Document type: Sale
Year: 1226
Scribe: Ramon d'Om
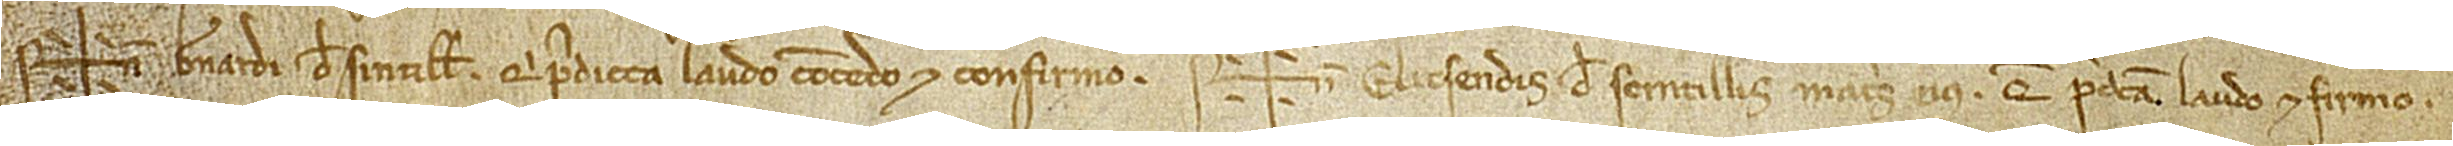
Sig+num Bernardi de Sintillis, qui predicta laudo, concedo et confirmo. Sig+num Elicsendis de Scintillis, matris eius, que predicta laudo et firmo.